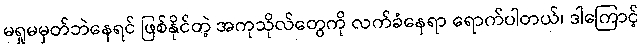
မရှုမမှတ်ဘဲနေရင် ဖြစ်နိုင်တဲ့ အကုသိုလ်တွေကို လက်ခံနေရာ ရောက်ပါတယ်၊ ဒါကြောင့်